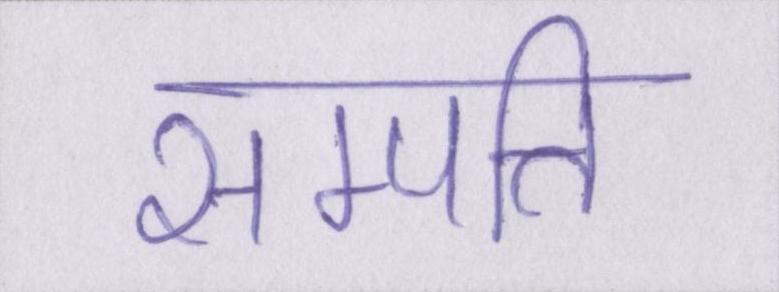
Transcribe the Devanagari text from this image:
सम्पत्ति